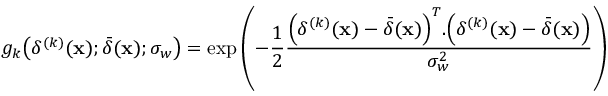
g _ { k } \bigl ( \delta ^ { ( k ) } ( \mathbf { x } ) ; \bar { \delta } ( \mathbf { x } ) ; \sigma _ { w } \bigr ) = \exp \left( - \frac { 1 } { 2 } \frac { \Bigl ( \delta ^ { ( k ) } ( \mathbf { x } ) - \bar { \delta } ( \mathbf { x } ) \Bigr ) ^ { T } . \Bigl ( \delta ^ { ( k ) } ( \mathbf { x } ) - \bar { \delta } ( \mathbf { x } ) \Bigr ) } { \sigma _ { w } ^ { 2 } } \right)